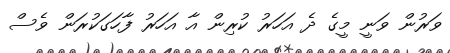
ވަރުން ވަނީ މީގެ ދެ އަހަރު ކުރިން އާ އަހަރު ފާހަގަކުރަން ވެސް